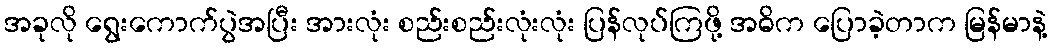
အခုလို ရွေးကောက်ပွဲအပြီး အားလုံး စည်းစည်းလုံးလုံး ပြန်လုပ်ကြဖို့ အဓိက ပြောခဲ့တာက မြန်မာနဲ့